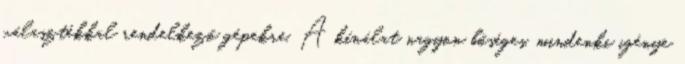
választékkal rendelkező gépekre. A kínálat nagyon bőséges, mindenki igénye